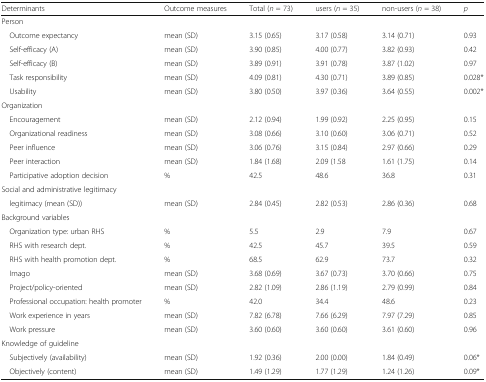
<table><thead><tr><td><b>Determinants</b></td><td><b>Outcome measures</b></td><td><b>Total (<i>n</i> = 73)</b></td><td><b>users (<i>n</i> = 35)</b></td><td><b>non-users (<i>n</i> = 38)</b></td><td><b><i>p</i></b></td></tr></thead><tbody><tr><td colspan="6">Person</td></tr><tr><td> Outcome expectancy</td><td>mean (SD)</td><td>3.15 (0.65)</td><td>3.17 (0.58)</td><td>3.14 (0.71)</td><td>0.93</td></tr><tr><td> Self-efficacy (A)</td><td>mean (SD)</td><td>3.90 (0.85)</td><td>4.00 (0.77)</td><td>3.82 (0.93)</td><td>0.42</td></tr><tr><td> Self-efficacy (B)</td><td>mean (SD)</td><td>3.89 (0.91)</td><td>3.91 (0.78)</td><td>3.87 (1.02)</td><td>0.97</td></tr><tr><td> Task responsibility</td><td>mean (SD)</td><td>4.09 (0.81)</td><td>4.30 (0.71)</td><td>3.89 (0.85)</td><td>0.028*</td></tr><tr><td> Usability</td><td>mean (SD)</td><td>3.80 (0.50)</td><td>3.97 (0.36)</td><td>3.64 (0.55)</td><td>0.002*</td></tr><tr><td colspan="6">Organization</td></tr><tr><td> Encouragement</td><td>mean (SD)</td><td>2.12 (0.94)</td><td>1.99 (0.92)</td><td>2.25 (0.95)</td><td>0.15</td></tr><tr><td> Organizational readiness</td><td>mean (SD)</td><td>3.08 (0.66)</td><td>3.10 (0.60)</td><td>3.06 (0.71)</td><td>0.52</td></tr><tr><td> Peer influence</td><td>mean (SD)</td><td>3.06 (0.76)</td><td>3.15 (0.84)</td><td>2.97 (0.66)</td><td>0.29</td></tr><tr><td> Peer interaction</td><td>mean (SD)</td><td>1.84 (1.68)</td><td>2.09 (1.58</td><td>1.61 (1.75)</td><td>0.14</td></tr><tr><td> Participative adoption decision</td><td>%</td><td>42.5</td><td>48.6</td><td>36.8</td><td>0.31</td></tr><tr><td colspan="6">Social and administrative legitimacy</td></tr><tr><td> legitimacy (mean (SD))</td><td>mean (SD)</td><td>2.84 (0.45)</td><td>2.82 (0.53)</td><td>2.86 (0.36)</td><td>0.68</td></tr><tr><td colspan="6">Background variables</td></tr><tr><td> Organization type: urban RHS</td><td>%</td><td>5.5</td><td>2.9</td><td>7.9</td><td>0.67</td></tr><tr><td> RHS with research dept.</td><td>%</td><td>42.5</td><td>45.7</td><td>39.5</td><td>0.59</td></tr><tr><td> RHS with health promotion dept.</td><td>%</td><td>68.5</td><td>62.9</td><td>73.7</td><td>0.32</td></tr><tr><td> Imago</td><td>mean (SD)</td><td>3.68 (0.69)</td><td>3.67 (0.73)</td><td>3.70 (0.66)</td><td>0.75</td></tr><tr><td> Project/policy-oriented</td><td>mean (SD)</td><td>2.82 (1.09)</td><td>2.86 (1.19)</td><td>2.79 (0.99)</td><td>0.84</td></tr><tr><td> Professional occupation: health promoter</td><td>%</td><td>42.0</td><td>34.4</td><td>48.6</td><td>0.23</td></tr><tr><td> Work experience in years</td><td>mean (SD)</td><td>7.82 (6.78)</td><td>7.66 (6.29)</td><td>7.97 (7.29)</td><td>0.85</td></tr><tr><td> Work pressure</td><td>mean (SD)</td><td>3.60 (0.60)</td><td>3.60 (0.60)</td><td>3.61 (0.60)</td><td>0.96</td></tr><tr><td colspan="6">Knowledge of guideline</td></tr><tr><td> Subjectively (availability)</td><td>mean (SD)</td><td>1.92 (0.36)</td><td>2.00 (0.00)</td><td>1.84 (0.49)</td><td>0.06*</td></tr><tr><td> Objectively (content)</td><td>mean (SD)</td><td>1.49 (1.29)</td><td>1.77 (1.29)</td><td>1.24 (1.26)</td><td>0.09*</td></tr></tbody></table>